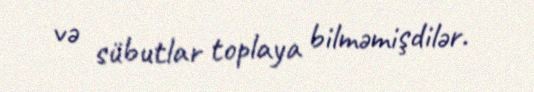
və sübutlar toplaya bilməmişdilər.